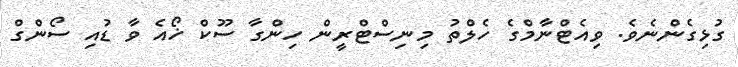
ގުޅިގެންނެވެ. ވިއެޓްނާމްގެ ހެލްތު މިނިސްޓްރީން ހިންގާ ސޫކް ޚޯއެ ވާ ޑުއި ސޯންގް